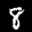
Label: 8